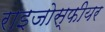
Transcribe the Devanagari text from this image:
राइजोस्फीयर